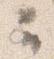
云